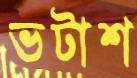
ভটাশ